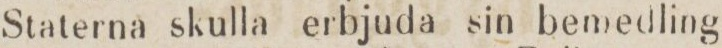
Staterna skulla erbjuda sin bemedling